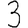
Digit: 3